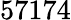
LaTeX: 57174